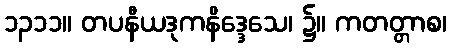
၁၃၁၁။ တပနီယဒုကနိဒ္ဒေသေ၊ ၌။ ကတတ္တာစ၊